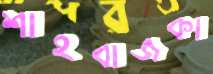
শাহবাজকা